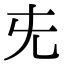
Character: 兂